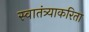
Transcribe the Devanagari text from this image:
स्वातंत्र्याकरिता